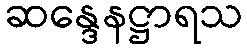
ဆန္ဒေနဋ္ဌာရသ